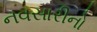
નવસારીનો